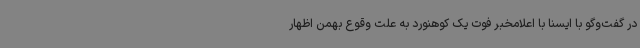
در گفت‌وگو با ایسنا با اعلامخبر فوت یک کوهنورد به علت وقوع بهمن اظهار